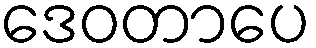
ဒေဝတာပေ